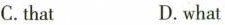
C.that D.what